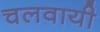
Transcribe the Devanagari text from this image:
चलवायी